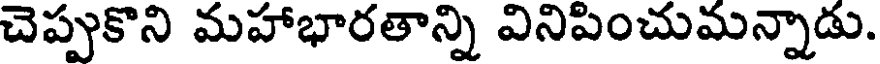
చెప్పుకొని మహాభారతాన్ని వినిపించుమన్నాడు.